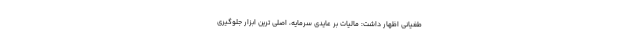
طغیانی اظهار داشت: مالیات بر عایدی سرمایه، اصلی ترین ابزار جلوگیری